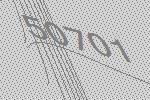
50701